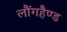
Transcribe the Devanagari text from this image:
लौंगहैण्ड